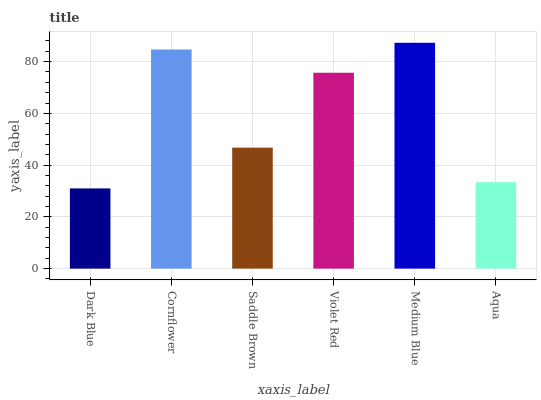
| xaxis_label | bars |
 | --- | --- |
 | Dark Blue | 31 |
 | Cornflower | 84.7 |
 | Saddle Brown | 46.7 |
 | Violet Red | 75.7 |
 | Medium Blue | 87.3 |
 | Aqua | 33.4 |